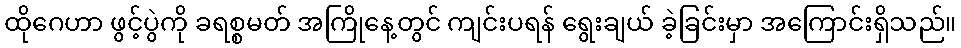
ထိုဂေဟာ ဖွင့်ပွဲကို ခရစ္စမတ် အကြိုနေ့တွင် ကျင်းပရန် ရွေးချယ် ခဲ့ခြင်းမှာ အကြောင်းရှိသည်။